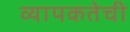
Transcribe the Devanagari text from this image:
व्यापकतेची